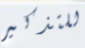
للتذكير